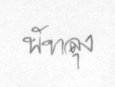
พัทลุง